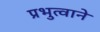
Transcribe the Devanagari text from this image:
प्रभुत्वाने